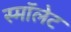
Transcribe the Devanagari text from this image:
स्मॉलेट